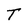
Character: T